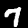
Digit: 7